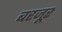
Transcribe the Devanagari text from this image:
बरजूर